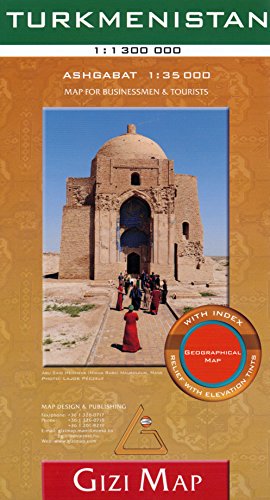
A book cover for Turkmenistan 1:1,300,000 Travel map with Ashgabat street plan GIZI; Gizi; Travel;